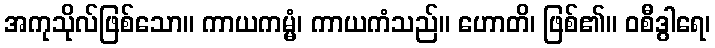
အကုသိုလ်ဖြစ်သော။ ကာယကမ္မံ၊ ကာယကံသည်။ ဟောတိ၊ ဖြစ်၏။ ဝစီဒွါရေ၊